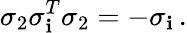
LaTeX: \sigma_{2}\sigma_{\mathbf{i}}^{T}\sigma_{2}=-\sigma_{\mathbf{i}}\, .